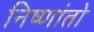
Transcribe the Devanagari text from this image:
निष्णांतो